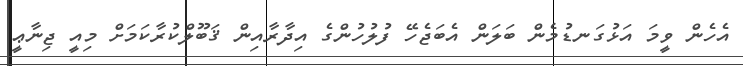
އެހެން ވީމަ އަޅުގަނޑުމެން ބަލަން އެބަޖެހޭ ފުލުހުންގެ އިދާރާއިން ޤަބޫލްކުރާކަމަށް މިއީ ޖިނާޢީ